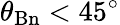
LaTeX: \theta_{\mathrm{Bn}}<45^{\circ}